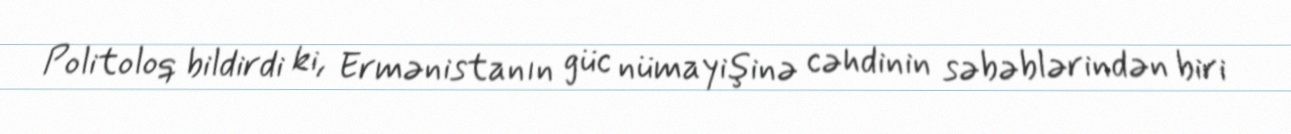
Politoloq bildirdi ki, Ermənistanın güc nümayişinə cəhdinin səbəblərindən biri